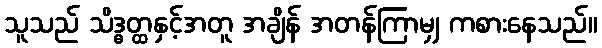
သူသည် သိဒ္ဓတ္ထနှင့်အတူ အချိန် အတန်ကြာမျှ ကစားနေသည်။